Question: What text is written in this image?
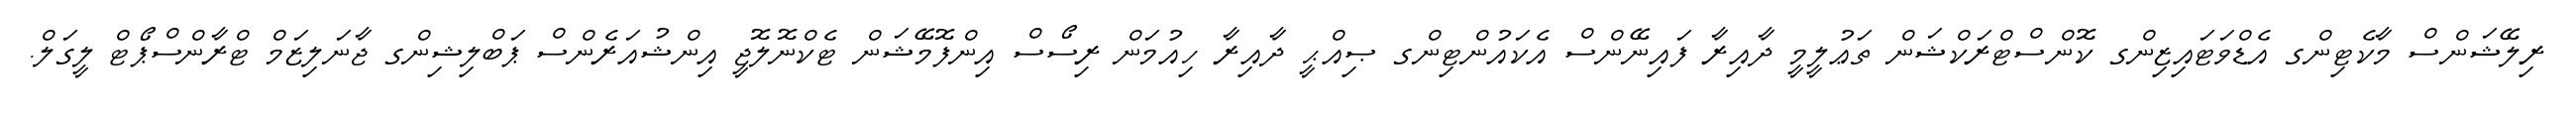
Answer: ރިލޭޝަންސް މާކެޓިންގ އެޑްވަޓައިޒިންގ ކޮންސްޓްރަކްޝަން ތަޢުލީމީ ދާއިރާ ފައިނޭންސް އެކައުންޓިންގ ޞިއްޙީ ދާއިރާ ހިއުމަން ރިސޯސް އިންފޮމޭޝަން ޓެކްނޮލޮޖީ އިންޝުއަރެންސް ޕަބްލިޝިންގ ޖާނަލިޒަމް ޓްރާންސްޕޯޓް ލީގަލް.